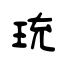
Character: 珫